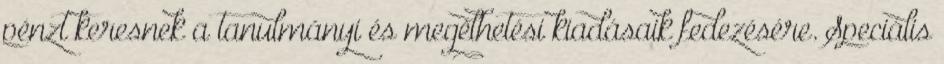
pénzt keresnek a tanulmányi és megélhetési kiadásaik fedezésére. Speciális